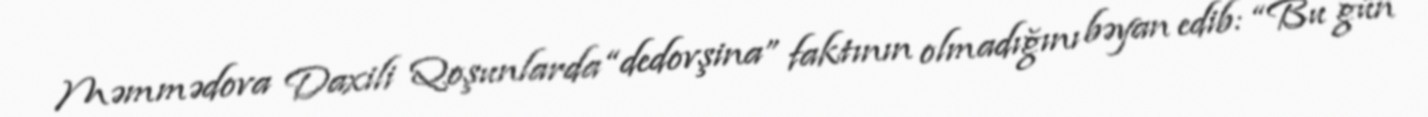
Məmmədova Daxili Qoşunlarda “dedovşina” faktının olmadığını bəyan edib: “Bu gün